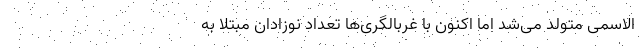
الاسمی متولد می‌شد اما اکنون با غربالگری‌ها تعداد نوزادان مبتلا به